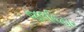
જલવિહાર